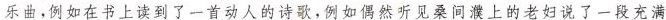
乐曲，例如在书上读到了一首动人的诗歌，例如偶然听见桑间濮上的老妇说了一段充满